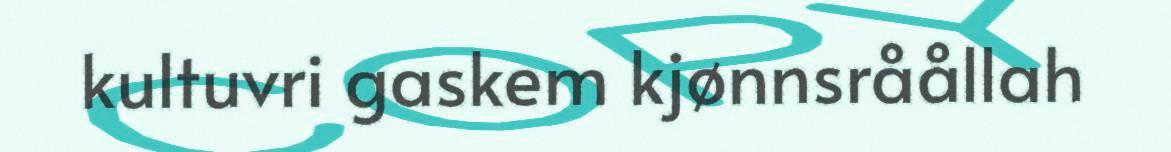
kultuvri gaskem kjønnsråållah